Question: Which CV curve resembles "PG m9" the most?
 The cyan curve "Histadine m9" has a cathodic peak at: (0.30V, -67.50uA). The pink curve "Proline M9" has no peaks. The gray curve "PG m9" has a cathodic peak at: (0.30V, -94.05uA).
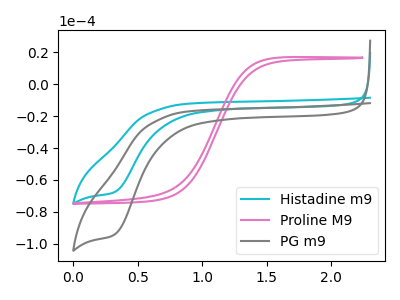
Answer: <think>"Histadine m9" and "Proline M9" have a different number of peaks. All the peaks in "Histadine m9" have a peak in "PG m9" at the same potential. Every peak in "Histadine m9" is lower than every peak in "PG m9". "Proline M9" and "PG m9" have a different number of peaks.
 </think>
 <answer>The CV with the most similar shape to "Histadine m9" is "PG m9".</answer>
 <eval>"PG m9"</eval>